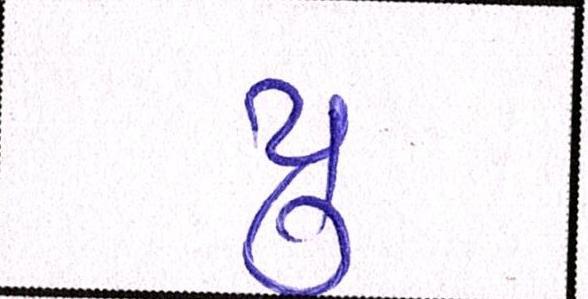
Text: યુ